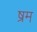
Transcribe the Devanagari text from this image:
ष्रम